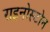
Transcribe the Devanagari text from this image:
राइनोस्टोन